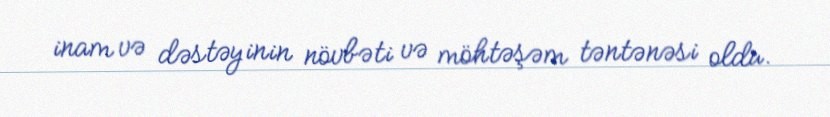
inam və dəstəyinin növbəti və möhtəşəm təntənəsi oldu.